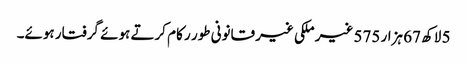
5 لاکھ 67 ہزار 575 غیر ملکی غیر قانونی طور ر کام کرتے ہوئے گرفتار ہوئے۔